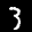
Label: 3